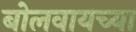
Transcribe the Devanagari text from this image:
बोलवायच्या